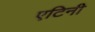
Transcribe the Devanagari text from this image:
एटिनी